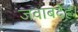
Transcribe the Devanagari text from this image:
जवाबदेह।